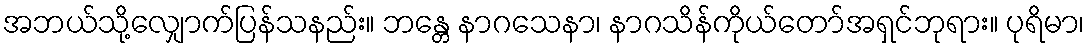
အဘယ်သို့လျှောက်ပြန်သနည်း။ ဘန္တေ နာဂသေနာ၊ နာဂသိန်ကိုယ်တော်အရှင်ဘုရား။ ပုရိမာ၊